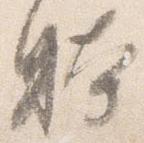
躰